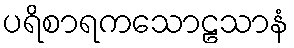
ပရိစာရကသောဠသာနံ